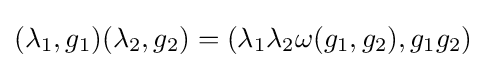
(\lambda _{1},g_{1})(\lambda _{2},g_{2})=(\lambda _{1}\lambda _{2}\omega (g_{1},g_{2}),g_{1}g_{2})